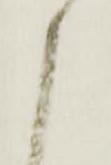
申